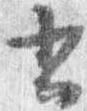
書